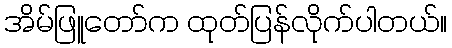
အိမ်ဖြူတော်က ထုတ်ပြန်လိုက်ပါတယ်။